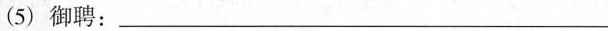
(5)御聘：___